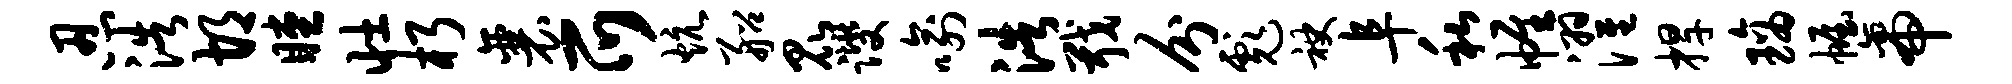
忍浩胡瞠壮朽襄爪炕船昆躞喻浩戢分彪袂阜私帷濯捍璃幄帝